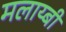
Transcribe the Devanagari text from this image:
मलाय्बी